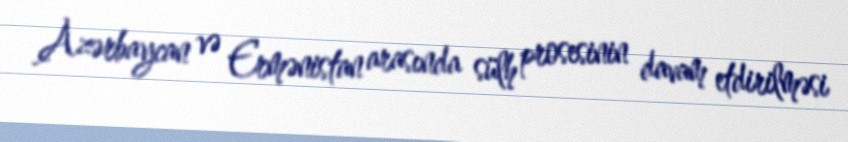
Azərbaycan və Ermənistan arasında sülh prosesinin davam etdirilməsi